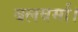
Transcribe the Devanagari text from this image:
बलवर्मा।